Annual statistical returns and brief notes on vaccination in Bengal - 1896-1909
Year: 1896
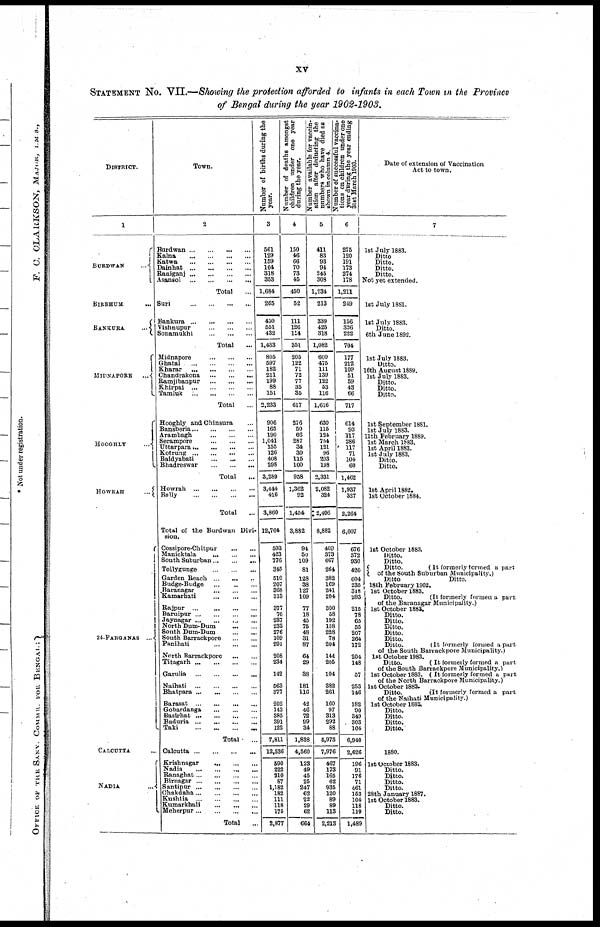
xv
STATEMENT No. VII.—Showing the protection afforded to infants in each Town in the Province
of Bengal during the year 1902-1903.
DISTRICT.
1
BURDWAN
...
BIRBHUM ...
BANKURA
...
MIDNAPORE
...
HOOGHLY ...
HOWRAH
...
24-PARGANAS ...
CALCUTTA ...
NADIA
...
Town.
2
Burdwan ... ... ... ...
Kalna
...
...
...
...
Katwa
...
...
...
...
Dainhat
...
...
...
...
Raniganj
...
...
...
...
Asansol
...
...
...
...
Total ...
Suri
...
...
...
...
Bankura
...
...
...
...
Vishnupur
...
...
...
Sonamukhi
...
...
...
Total ...
Midnapore
...
...
...
Ghatal
...
...
...
...
Kharar
...
...
...
...
Chandrakona
...
...
...
Ramjibanpur
...
...
...
Khirpai
...
...
...
...
Tamluk
...
...
...
...
Total ...
Hooghly and Chinsura ...
Bansberia ... ... ... ...
Arambagh ... ... ... ...
Serampore ... ... ... ...
Uttarpara ... ... ... ...
Kotrung
...
...
...
...
Baidyabati ... ... ... ...
Bhadreswar
...
...
...
Total ...
Howrah
...
...
...
...
Bally
...
...
...
...
Total ...
Total of the Burdwan Divi-
sion.
Cossipore-Chitpur
...
...
Manicktala
...
...
...
Sooth Suburban ... ... ...
Tollygunge
...
...
...
Garden Beach ... ... ...
Budge-Budge
...
...
...
Baranagar
...
...
...
Kamarhati
...
...
...
Rajpur
...
...
...
...
Baruipur
...
...
...
...
Jaynagar
...
...
...
...
North Dum-Dum ... ...
South Dum-Dum
...
...
South Barrackpore
...
...
Panihati
...
...
...
North Barrackpore
...
...
Titagarh
...
...
...
...
Garulia
...
...
...
...
Naihati
...
...
...
...
Bhatpara ... ... ... ...
Barasat
...
...
...
...
Gobardanga
...
...
...
Basirhat
...
...
...
...
Baduria
...
...
...
...
Taki
...
...
...
...
Total ...
Calcutta
...
...
...
...
Krishnagar ... ... ... ...
Nadia ... ... ... ... ...
Banaghat ... ... ... ... ...
Birnagar
...
...
...
...
Santipur
...
...
...
...
Chakdaha ... ... ... ...
Kushtia
...
...
...
...
Kumarkhali
...
...
...
Meherpur ... ... ... ...
Total
...
Number of births during the
year.
3
561
129
159
164
318
353
1,684
265
450
551
432
1,433
805
597
182
211
199
88
151
2,233
906
165
190
1,041
155
126
408
298
3,289
3,444
416
3,860
12,764
503
423
776
345
510
207
368
313
377
76
237
233
276
109
291
208
234
142
563
377
202
143
385
391
122
7,811
12,536
590
222
210
87
1,182
182
111
118
175
2,877
Number of deaths amongst
children under one year
during the year.
4
150
46
66
70
73
45
450
52
111
126
114
351
205
122
71
72
77
35
35
617
276
50
66
287
34
30
115
100
958
1,362
92
1,454
3,882
94
50
109
81
128
38
127
109
77
18
45
75
48
31
87
64
29
38
181
116
42
46
72
99
34
1,838
4,560
123
49
45
25
247
62
22
29
62
664
Number available for vaccin-
ation after deducting the
numbers who have died as
shown in column 4.
5
411
83
93
94
245
308
1,234
213
339
425
318
1,082
600
475
111
139
122
53
116
1,616
630
115
124
754
121
96
293
198
2,331
2,082
324
2,406
8,882
409
373
667
264
382
169
241
204
300
58
192
158
228
78
204
144
205
104
382
261
160
97
313
292
88
5,973
7,976
467
173
165
62
935
120
89
89
113
2,213
Number of successful vaccina-
tions on children under one
year during the year ending
31st March 1903.
6
275
120
191
173
274
178
1,211
249
156
326
222
704
177
212
109
51
59
43
66
717
614
93
117
286
117
71
104
60
1,462
1,937
327
2,264
6,607
676
572
930
420
604
235
318
293
215
78
65
55
207
264
172
204
148
57
253
146
182
90
349
303
104
6,940
2,626
196
91
176
71
461
153
104
118
119
1,489
Date of extension of Vaccination
Act to town.
7
1st July 1883.
Ditto
Ditto.
Ditto.
Ditto.
Not yet extended.
1st July 1881.
1st July 1883.
Ditto.
6th June 1892.
1st July 1883.
Ditto.
16th August 1889.
1st July 1883.
Ditto.
Ditto.
Ditto.
1st September 1881.
1st July 1883.
11th February 1889.
1st March 1883.
1st April 1883.
1st July 1883.
Ditto.
Ditto.
1st April 1882.
1st October 1884.
1st October 1883.
Ditto.
Ditto.
Ditto.
(It formerly formed a part
of the South Suburban Municipality.)
Ditto
Ditto.
18th February 1902.
1st October 1883.
Ditto.
(It formerly formed a part
of the Baranagar Municipality.)
1st October 1883.
Ditto.
Ditto.
Ditto.
Ditto.
Ditto.
Ditto.
(It formerly formed a part
of the South Barrackpore Municipality.)
1st October 1983.
Ditto.
(It formerly formed a part
of the South Barrackpore Municipality.)
1st October 1883. (It formerly formed a part
of the North Barrackpore Municipality.)
1st October 1883.
Ditto.
(It formerly formed a part
of the Naihati Municipality.)
1st October 1883.
Ditto.
Ditto.
Ditto.
Ditto.
1880.
1st October 1883.
Ditto.
Ditto.
Ditto.
Ditto.
28th January 1887.
1st October 1883.
Ditto.
Ditto.